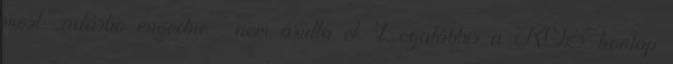
most „adásba engedne″, nem árulta el. Legalábbis a KOS-honlap